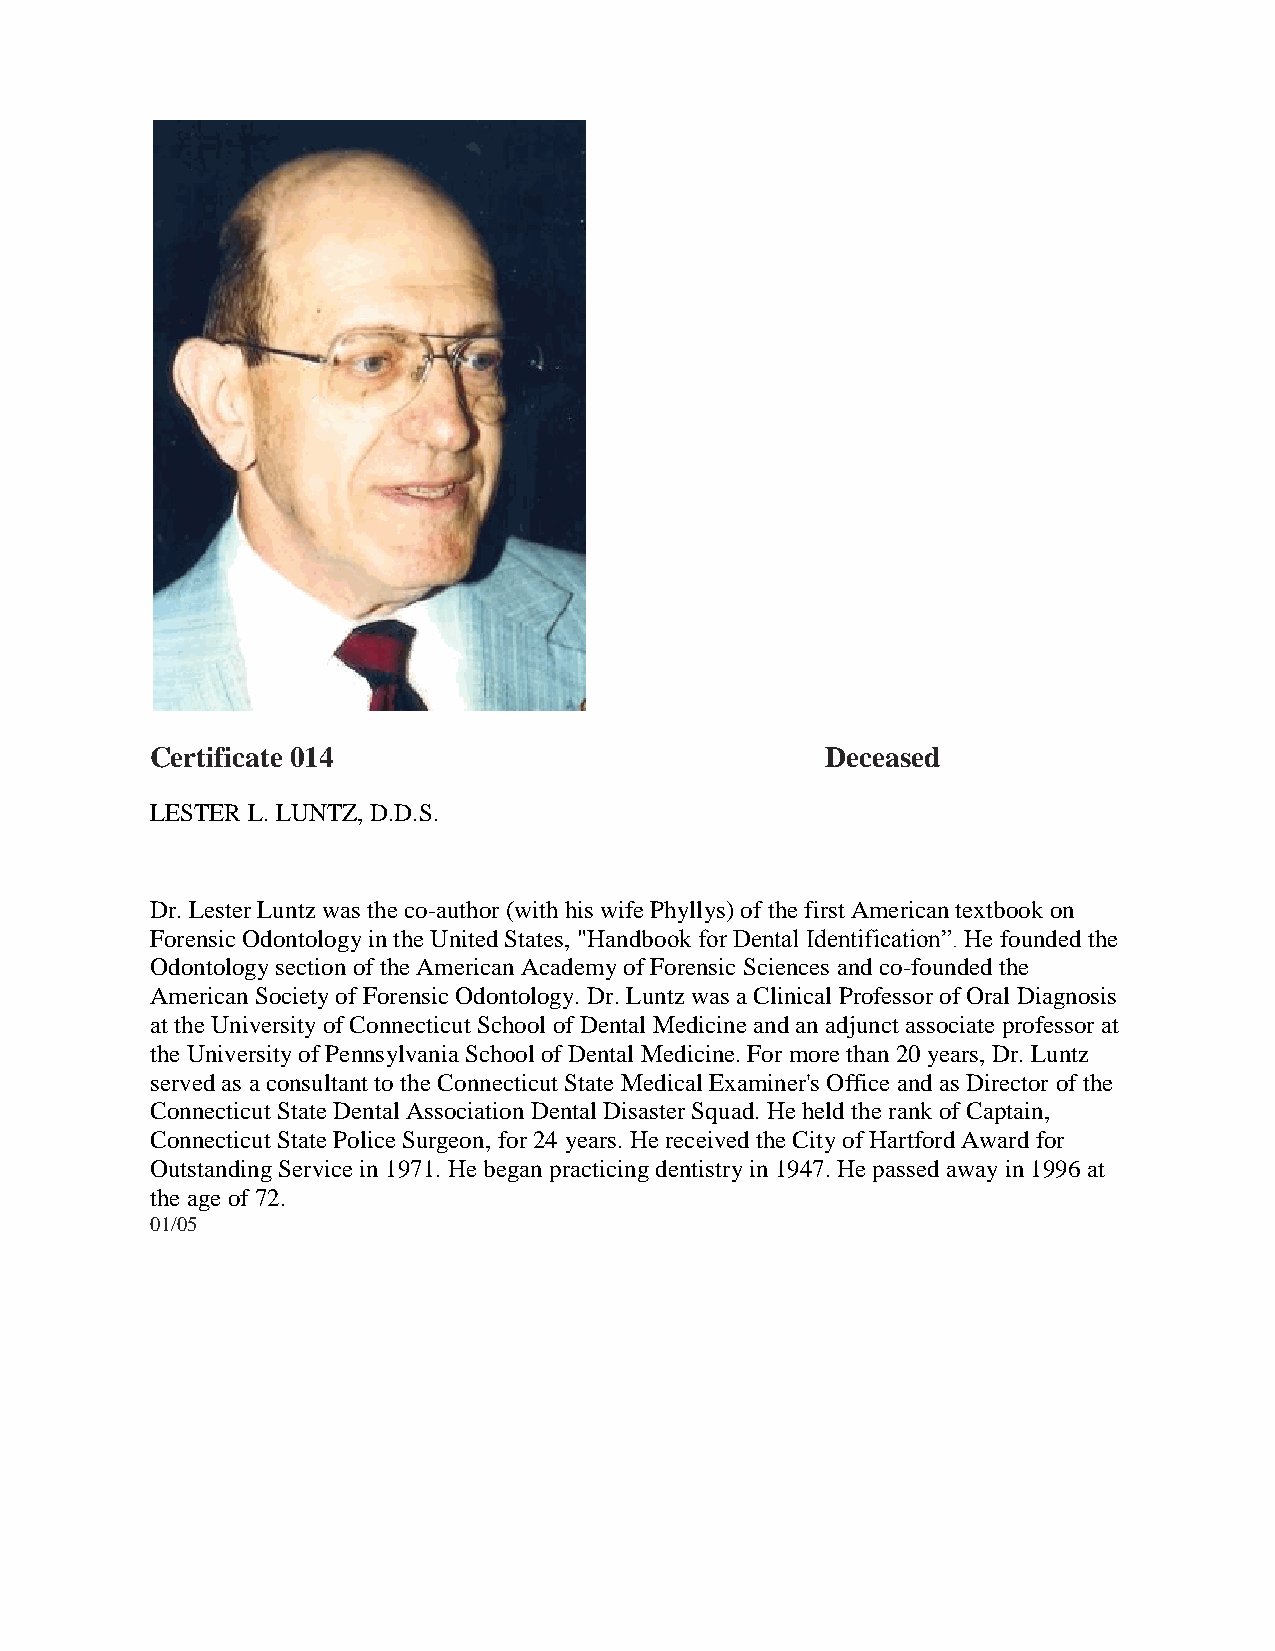
Certificate 014                              Deceased
 LESTER L. LUNTZ, D.D.S.
 Dr. Lester Luntz was the co-author (with his wife Phyllys) of the first American textbook on
 Forensic Odontology in the United States, "Handbook for Dental Identification”. He founded the
 Odontology section of the American Academy of Forensic Sciences and co-founded the
 American Society of Forensic Odontology. Dr. Luntz was a Clinical Professor of Oral Diagnosis
 at the University of Connecticut School of Dental Medicine and an adjunct associate professor at
 the University of Pennsylvania School of Dental Medicine. For more than 20 years, Dr. Luntz
 served as a consultant to the Connecticut State Medical Examiner's Office and as Director of the
 Connecticut State Dental Association Dental Disaster Squad. He held the rank of Captain,
 Connecticut State Police Surgeon, for 24 years. He received the City of Hartford Award for
 Outstanding Service in 1971. He began practicing dentistry in 1947. He passed away in 1996 at
 the age of 72.
 01/05